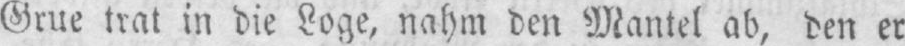
Grue trat in die Loge, nahm den Mantel ab, den er